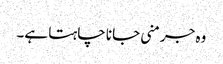
وہ جرمنی جانا چاہتا ہے۔